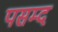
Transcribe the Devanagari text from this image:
पसम्द